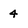
Character: 4